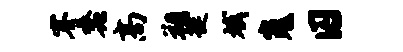
塞蠡高朔起斌嵬囚